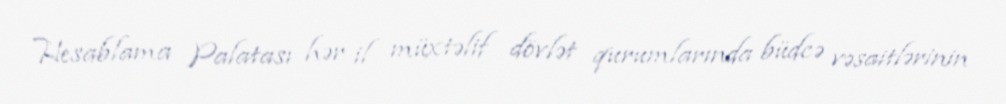
Hesablama Palatası hər il müxtəlif dövlət qurumlarında büdcə vəsaitlərinin